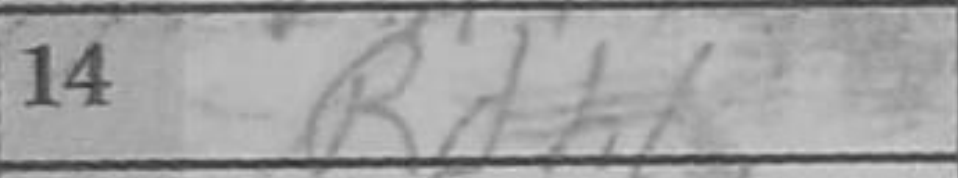
Transcription: Rdh1